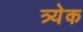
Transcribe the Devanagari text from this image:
त्र्येक